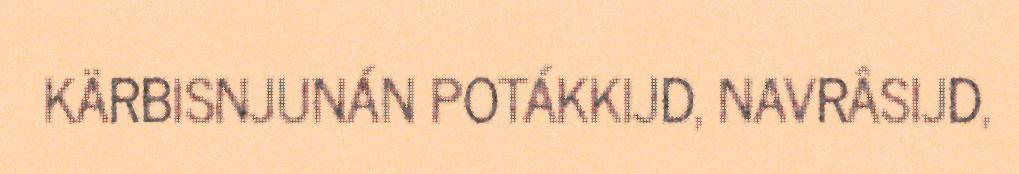
KÄRBISNJUNÁN POTÁKKIJD, NAVRÂSIJD,